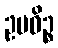
ဥပဓိဉ္စ